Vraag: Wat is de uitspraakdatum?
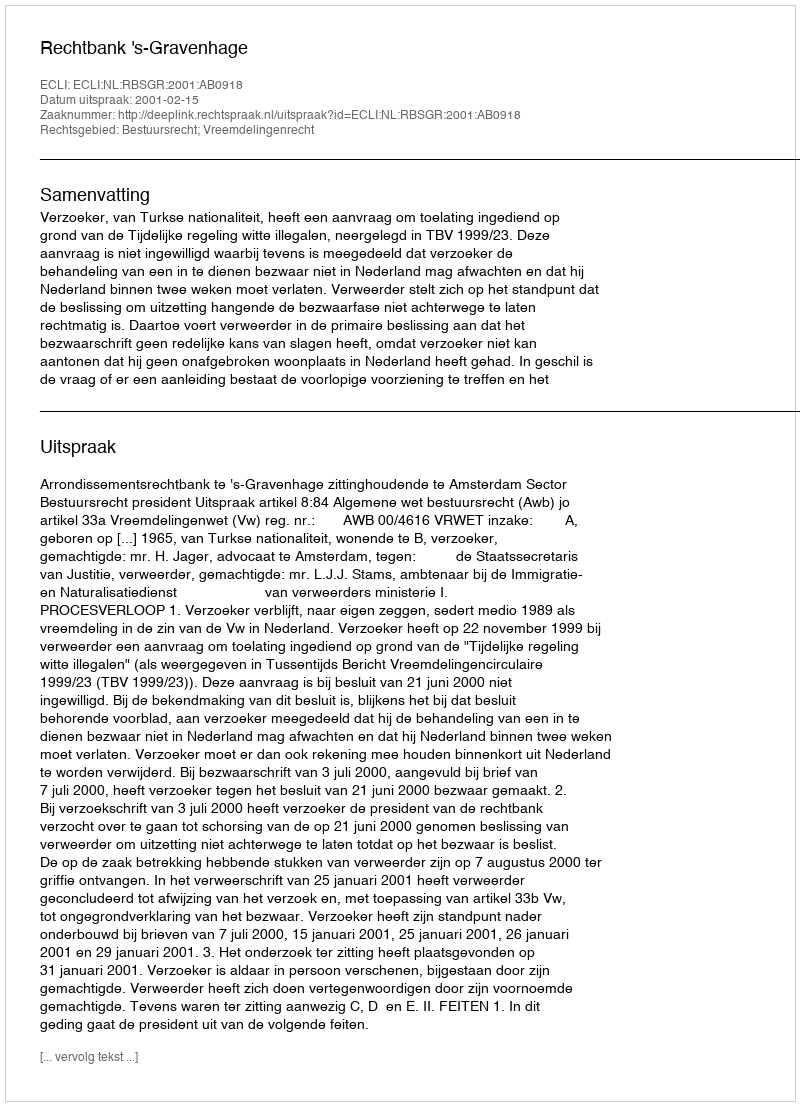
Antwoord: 2001-02-15